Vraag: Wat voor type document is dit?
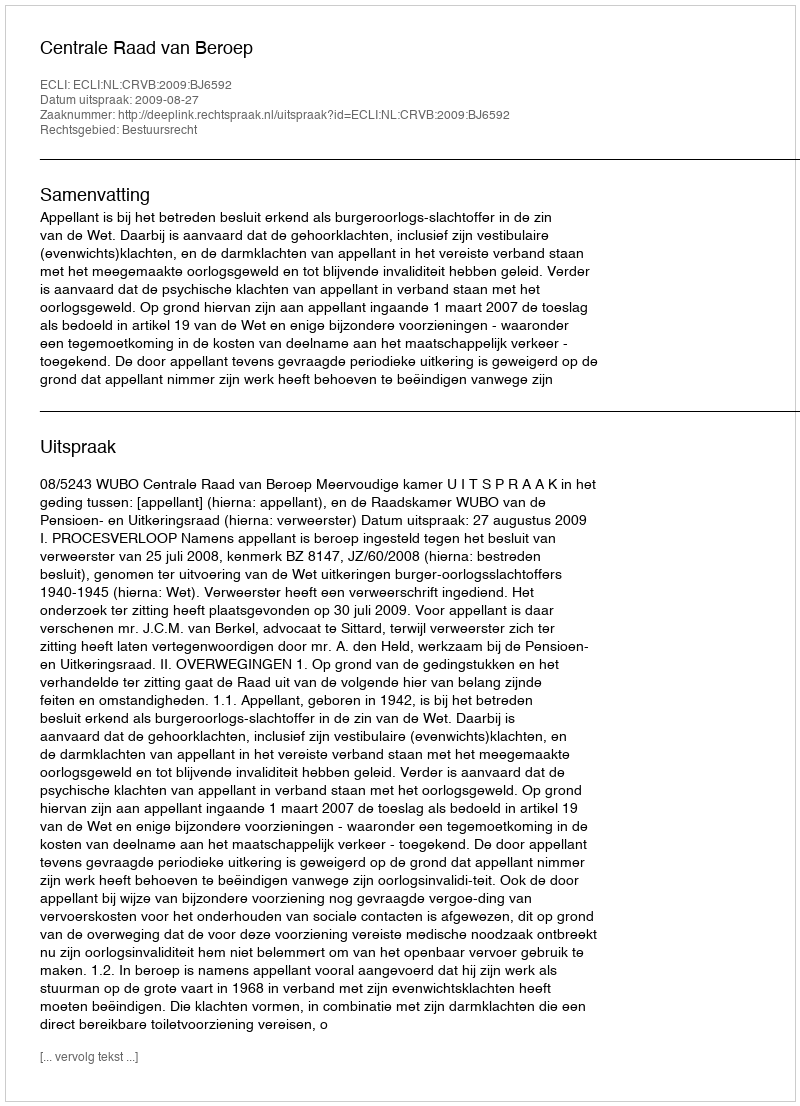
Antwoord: Uitspraak